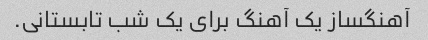
آهنگساز یک آهنگ برای یک شب تابستانی.